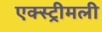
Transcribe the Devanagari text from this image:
एक्स्ट्रीमली